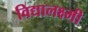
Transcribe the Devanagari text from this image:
विद्यालक्ष्मी